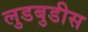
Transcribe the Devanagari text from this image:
लुडबुडीस